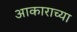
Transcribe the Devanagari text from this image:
अाकाराच्या